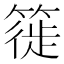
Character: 簁